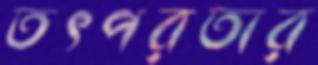
তৎপরতার